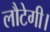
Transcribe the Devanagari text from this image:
लौटेगी।